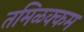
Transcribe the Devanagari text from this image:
तमिळक्कम